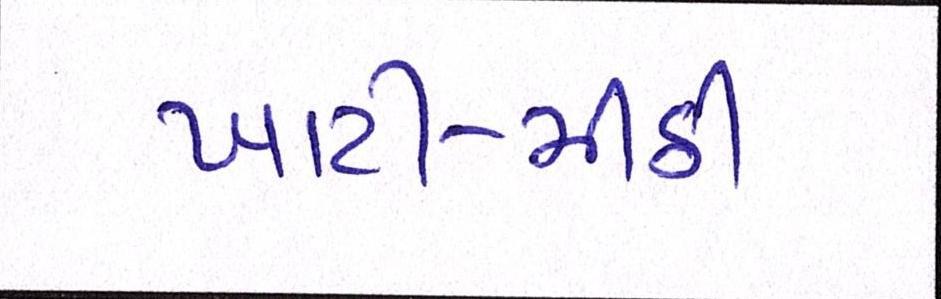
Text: ખાટી-મીઠી